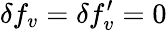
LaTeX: \delta f_{v}=\delta f_{v}^{\prime}=0